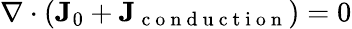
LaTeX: \mathbf{\nabla}\cdot\left(\mathbf{J}_{0}+\mathbf{J}_{\mathrm{~c~o~n~d~u~c~t~i~o~n~}}\right)=0